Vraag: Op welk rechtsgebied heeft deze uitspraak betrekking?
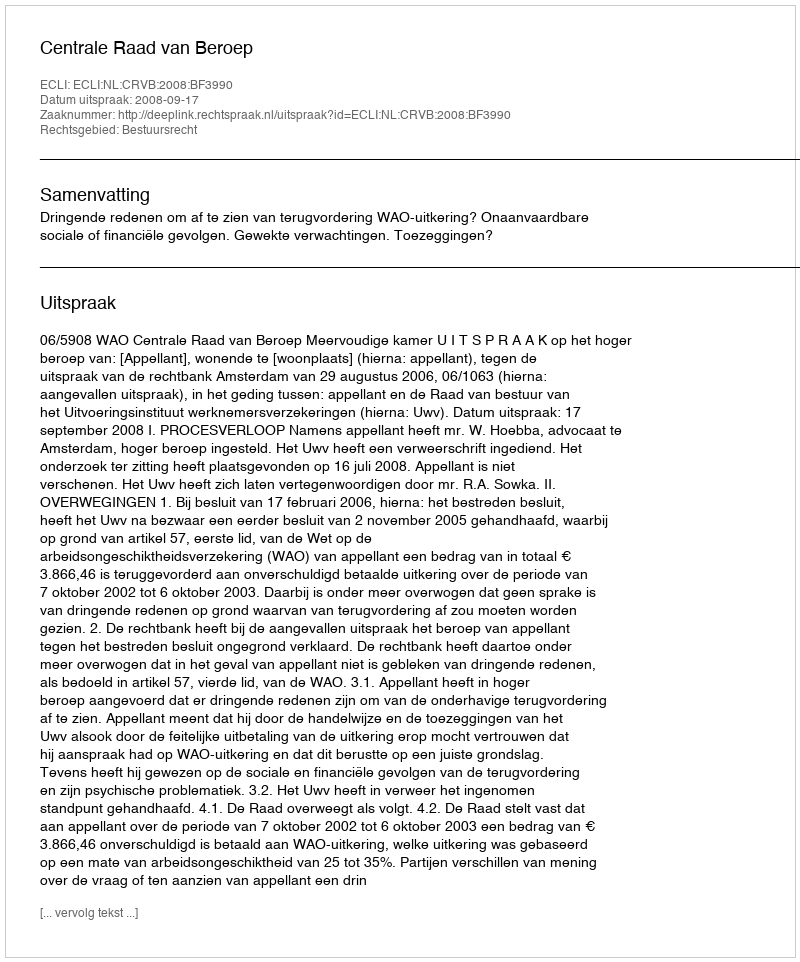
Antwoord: Bestuursrecht